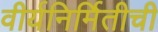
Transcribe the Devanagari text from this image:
वीर्यनिर्मितीची